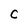
Character: C